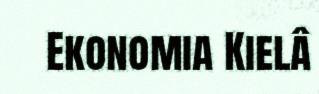
Ekonomia Kielâ